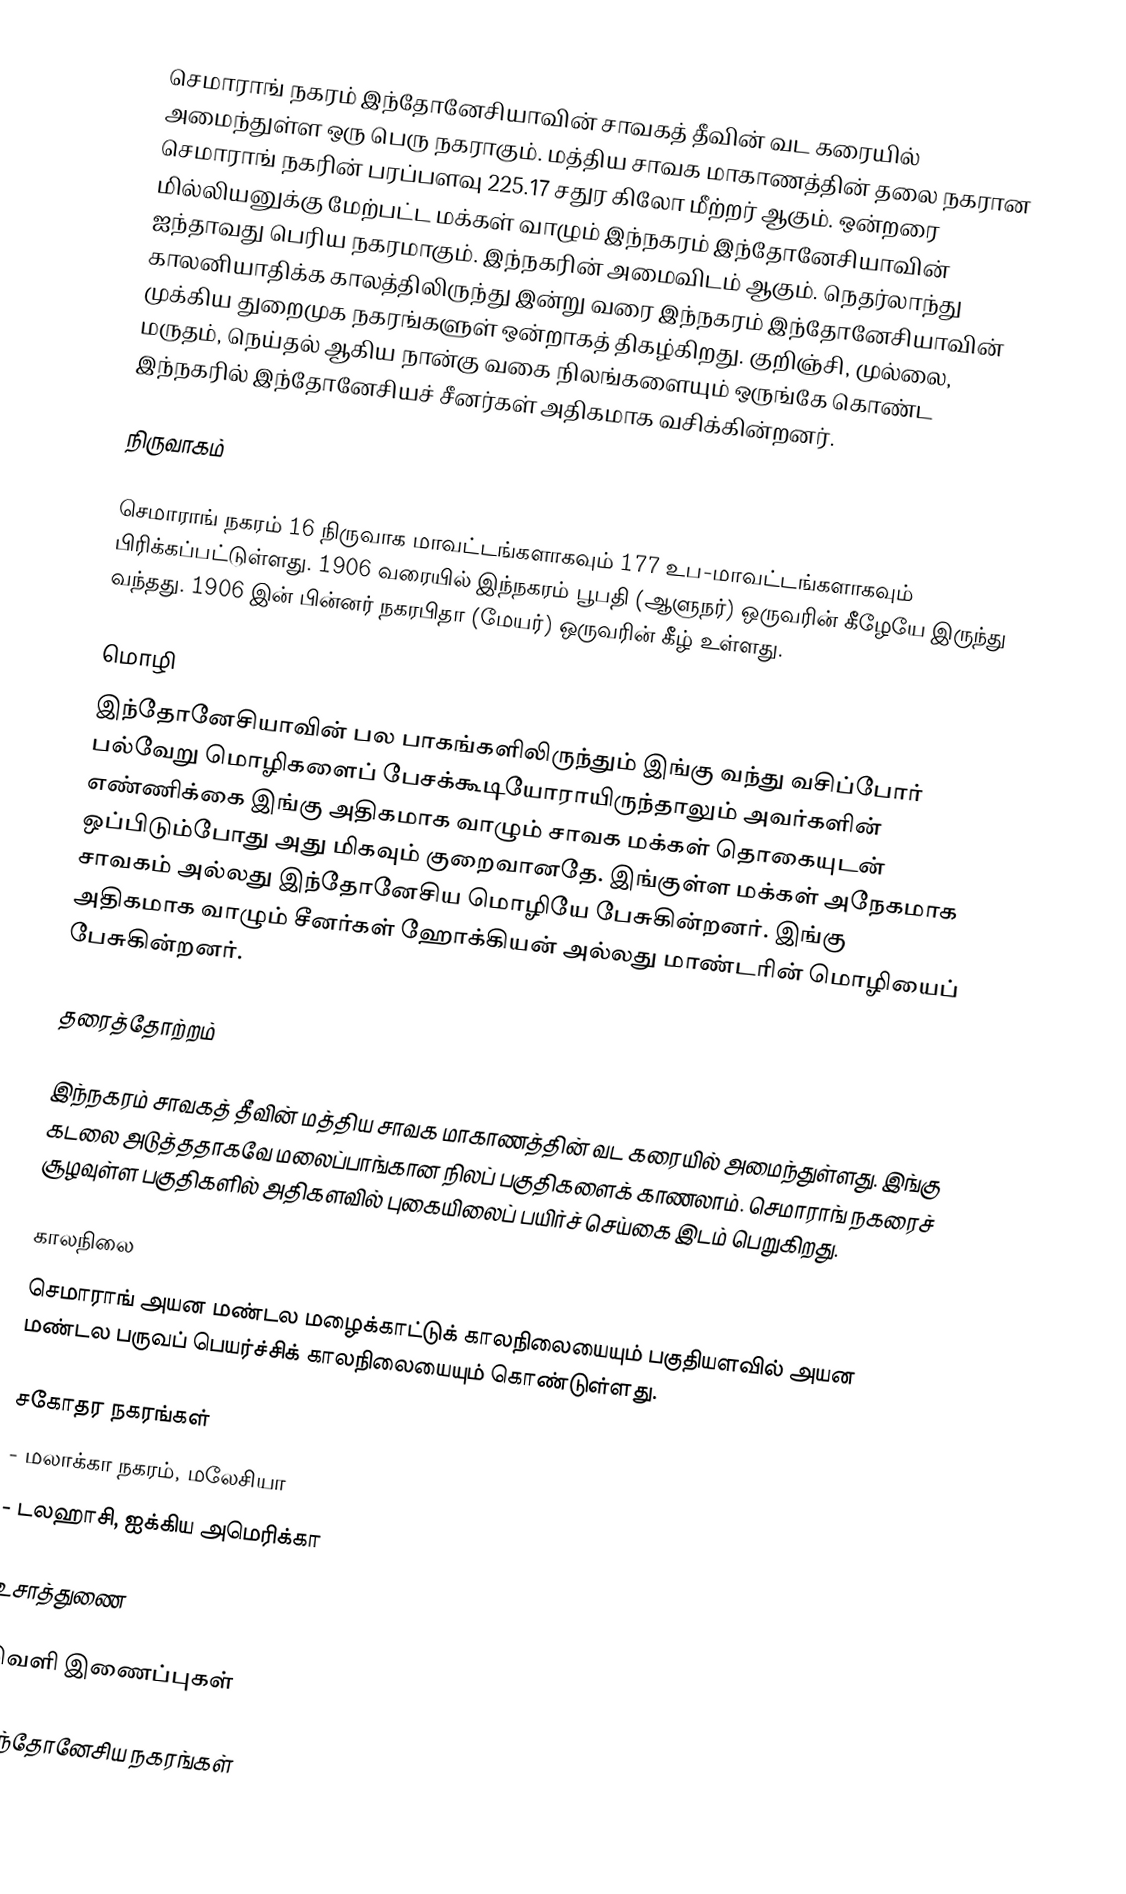
செமாராங் நகரம் இந்தோனேசியாவின் சாவகத் தீவின் வட கரையில் அமைந்துள்ள ஒரு பெரு நகராகும். மத்திய சாவக மாகாணத்தின் தலை நகரான செமாராங் நகரின் பரப்பளவு 225.17 சதுர கிலோ மீற்றர் ஆகும். ஒன்றரை மில்லியனுக்கு மேற்பட்ட மக்கள் வாழும் இந்நகரம் இந்தோனேசியாவின் ஐந்தாவது பெரிய நகரமாகும். இந்நகரின் அமைவிடம்  ஆகும். நெதர்லாந்து காலனியாதிக்க காலத்திலிருந்து இன்று வரை இந்நகரம் இந்தோனேசியாவின் முக்கிய துறைமுக நகரங்களுள் ஒன்றாகத் திகழ்கிறது. குறிஞ்சி, முல்லை, மருதம், நெய்தல் ஆகிய நான்கு வகை நிலங்களையும் ஒருங்கே கொண்ட இந்நகரில் இந்தோனேசியச் சீனர்கள் அதிகமாக வசிக்கின்றனர்.

நிருவாகம்

செமாராங் நகரம் 16 நிருவாக மாவட்டங்களாகவும் 177 உப-மாவட்டங்களாகவும் பிரிக்கப்பட்டுள்ளது. 1906 வரையில் இந்நகரம் பூபதி (ஆளுநர்) ஒருவரின் கீழேயே இருந்து வந்தது. 1906 இன் பின்னர் நகரபிதா (மேயர்) ஒருவரின் கீழ் உள்ளது.

மொழி
இந்தோனேசியாவின் பல பாகங்களிலிருந்தும் இங்கு வந்து வசிப்போர் பல்வேறு மொழிகளைப் பேசக்கூடியோராயிருந்தாலும் அவர்களின் எண்ணிக்கை இங்கு அதிகமாக வாழும் சாவக மக்கள் தொகையுடன் ஒப்பிடும்போது அது மிகவும் குறைவானதே. இங்குள்ள மக்கள் அநேகமாக சாவகம் அல்லது இந்தோனேசிய மொழியே பேசுகின்றனர். இங்கு அதிகமாக வாழும் சீனர்கள் ஹோக்கியன் அல்லது மாண்டரின் மொழியைப் பேசுகின்றனர்.

தரைத்தோற்றம்

இந்நகரம் சாவகத் தீவின் மத்திய சாவக மாகாணத்தின் வட கரையில் அமைந்துள்ளது. இங்கு கடலை அடுத்ததாகவே மலைப்பாங்கான நிலப் பகுதிகளைக் காணலாம். செமாராங் நகரைச் சூழவுள்ள பகுதிகளில் அதிகளவில் புகையிலைப் பயிர்ச் செய்கை இடம் பெறுகிறது.

காலநிலை
செமாராங் அயன மண்டல மழைக்காட்டுக் காலநிலையையும் பகுதியளவில் அயன மண்டல பருவப் பெயர்ச்சிக் காலநிலையையும் கொண்டுள்ளது.

சகோதர நகரங்கள்
 - மலாக்கா நகரம், மலேசியா
  -  டலஹாசி, ஐக்கிய அமெரிக்கா

உசாத்துணை

வெளி இணைப்புகள்

இந்தோனேசிய நகரங்கள்